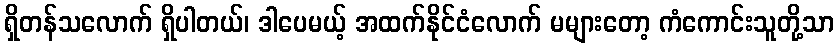
ရှိတန်သလောက် ရှိပါတယ်၊ ဒါပေမယ့် အထက်နိုင်ငံလောက် မများတော့ ကံကောင်းသူတို့သာ